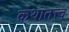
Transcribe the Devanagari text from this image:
कथातत्त्व